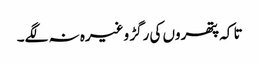
تا کہ پتھروں کی رگڑ وغیرہ نہ لگے۔